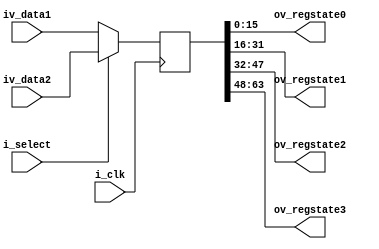
module reg_state( 
        i_clk, 
        i_select, 
        iv_data1, 
        iv_data2, 
        ov_regstate0, 
        ov_regstate1, 
        ov_regstate2, 
        ov_regstate3 
        ); 
  input i_clk; 
  input i_select; 
  input[63:0] iv_data1; 
  input[63:0] iv_data2; 
  output[15:0] ov_regstate0; 
  output[15:0] ov_regstate1; 
  output[15:0] ov_regstate2; 
  output[15:0] ov_regstate3; 

  wire[63:0]  wv_state;  
  reg[63:0]  rv_state;  

  assign wv_state = (i_select)? iv_data2 : iv_data1;   
  assign ov_regstate0 = rv_state[15:0]; 
  assign ov_regstate1 = rv_state[31:16]; 
  assign ov_regstate2 = rv_state[47:32]; 
  assign ov_regstate3 = rv_state[63:48]; 

  always @(posedge i_clk)
    begin
      rv_state <= wv_state;
    end

endmodule